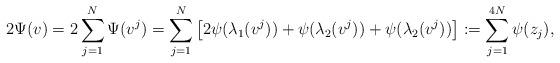
LaTeX: \begin{align*}2 \Psi(v)=2 \sum_{j=1}^{N}\Psi(v^j)=\sum_{j=1}^{N}\left[2\psi(\lambda_1(v^j))+\psi(\lambda_2(v^j))+\psi(\lambda_2(v^j))\right]:= \sum_{j=1}^{4N}\psi(z_j),\end{align*}